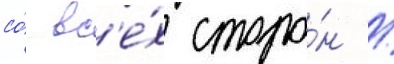
со́ вс'е́х сторо́н /